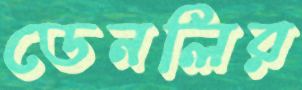
ডেনলির